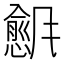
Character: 𬲇